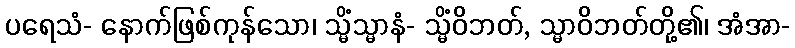
ပရေသံ- နောက်ဖြစ်ကုန်သော၊ သ္မိံသ္မာနံ- သ္မိံဝိဘတ်, သ္မာဝိဘတ်တို့၏၊ အံအာ-